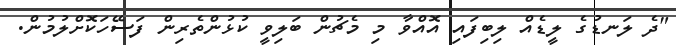
"ދެ ލަނޑުގެ ލީޑެއް ލިބިފައި އޮއްވާ މި މެޗުން ބަލިވީ ކުޅުންތެރިން ފަސޭހަކޮށްލުމުން.